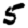
Digit: 5